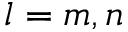
l = m , n